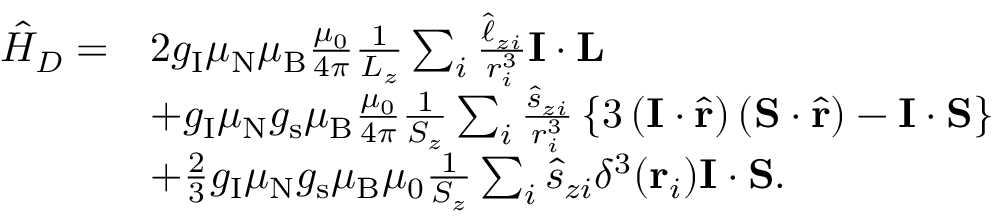
{ \begin{array} { r l } { { \hat { H } } _ { D } = } & { 2 g _ { \mathrm { I } } \mu _ { \mathrm { N } } \mu _ { \mathrm { B } } { \frac { \mu _ { 0 } } { 4 \pi } } { \frac { 1 } { L _ { z } } } \sum _ { i } { \frac { { \hat { \ell } } _ { z i } } { r _ { i } ^ { 3 } } } \mathbf { I } \cdot \mathbf { L } } \\ & { + g _ { \mathrm { I } } \mu _ { \mathrm { N } } g _ { \mathrm { s } } \mu _ { \mathrm { B } } { \frac { \mu _ { 0 } } { 4 \pi } } { \frac { 1 } { S _ { z } } } \sum _ { i } { \frac { { \hat { s } } _ { z i } } { r _ { i } ^ { 3 } } } \left\{ 3 \left( \mathbf { I } \cdot { \hat { \mathbf { r } } } \right) \left( \mathbf { S } \cdot { \hat { \mathbf { r } } } \right) - \mathbf { I } \cdot \mathbf { S } \right\} } \\ & { + { \frac { 2 } { 3 } } g _ { \mathrm { I } } \mu _ { \mathrm { N } } g _ { \mathrm { s } } \mu _ { \mathrm { B } } \mu _ { 0 } { \frac { 1 } { S _ { z } } } \sum _ { i } { \hat { s } } _ { z i } \delta ^ { 3 } { \left( \mathbf { r } _ { i } \right) } \mathbf { I } \cdot \mathbf { S } . } \end{array} }